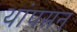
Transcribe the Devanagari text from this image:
थांपसन